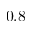
0 . 8